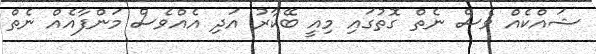
ޝައްކެއް ވެސް ނެތް ގޮތުގައި މިއީ ބޭކާރު އަދި އެއްވެސް މަންފާއެއް ނެތް